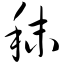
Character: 秣